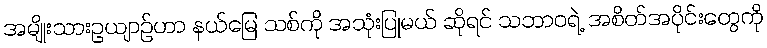
အမျိုးသားဥယျာဉ်ဟာ နယ်မြေ သစ်ကို အသုံးပြုမယ် ဆိုရင် သဘာဝရဲ့ အစိတ်အပိုင်းတွေကို